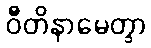
ဝီတိနာမေတွာ